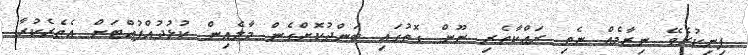
ފިނިކުރެވޭ ނިޒާމެއް ނެތި ރައްކާތެރި ނޫން ގޮތުގައި ބަންދުކޮށްގެން މާލެއިން ކުޅުދުއްފުއްޓަށް އެތެރެކުރާ